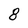
Character: 8